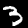
Digit: 3